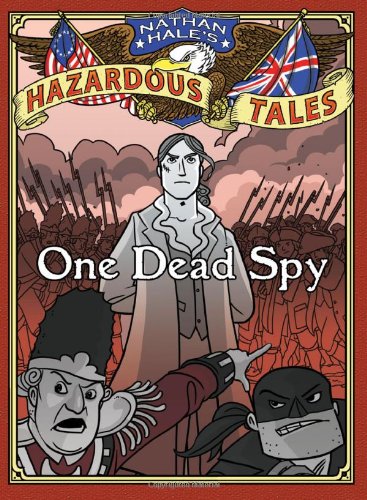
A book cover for Nathan Hale's Hazardous Tales: One Dead Spy; Nathan Hale; Children's Books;